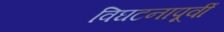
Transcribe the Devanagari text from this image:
विघटनापूर्वी